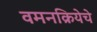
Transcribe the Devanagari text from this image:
वमनक्रियेचे